Senior Leaving Certificate, 1939
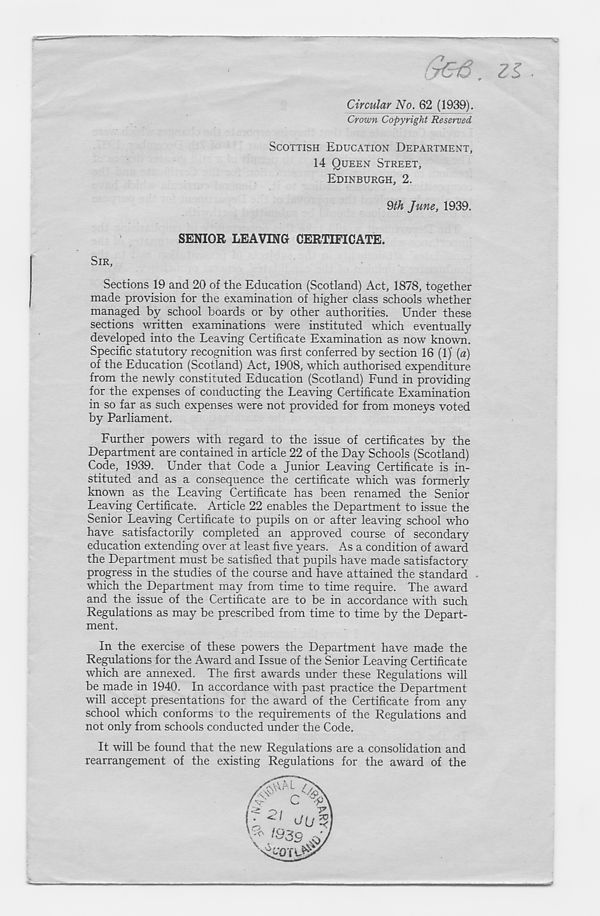
/
Circular No. 62 (1939).
Crown Copyright Reserved
SCOTTISH EDUCATION DEPARTMENT,
14 QUEEN STREET,
EDINBURGH, 2.
9th June, 1939.
SENIOR LEAVING CERTIFICATE.
SIR,
Sections 19 and 20 of the Education (Scotland) Act, 1878, together
made provision for the examination of higher class schools whether
managed by school boards or by other authorities. Under these
sections written examinations were instituted which eventually
developed into the Leaving Certificate Examination as now known.
Specific statutory recognition was first conferred by section 16 (1)' (a)
of the Education (Scotland) Act, 1908, which authorised expenditure
from the newly constituted Education (Scotland) Fund in providing
for the expenses of conducting the Leaving Certificate Examination
in so far as such expenses were not provided for from moneys voted
by Parliament.
Further powers with regard to the issue of certificates by the
Department are contained in article 22 of the Day Schools (Scotland)
Code, 1939. Under that Code a Junior Leaving Certificate is in-
stituted and as a consequence the certificate which was formerly
known as the Leaving Certificate has been renamed the Senior
Leaving Certificate. Article 22 enables the Department to issue the
Senior Leaving Certificate to pupils on or after leaving school who
have satisfactorily completed an approved course of secondary
education extending over at least five years. As a condition of award
the Department must be satisfied that pupils have made satisfactory
progress in the studies of the course and have attained the standard
which the Department may from time to time require. The award
and the issue of the Certificate are to be in accordance with such
Regulations as may be prescribed from time to time by the Depart-
ment.
In the exercise of these powers the Department have made the
Regulations for the Award and Issue of the Senior Leaving Certificate
which are annexed. The first awards under these Regulations will
be made in 1940. In accordance with past practice the Department
will accept presentations for the award of the Certificate from any
school which conforms to the requirements of the Regulations and
not only from schools conducted under the Code.
It will be found that the new Regulations are a consolidation and
rearrangement of the existing Regulations for the award of the